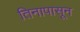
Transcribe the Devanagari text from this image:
तिनापासून